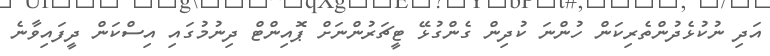
އަދި ނުކުޅެދުންތެރިކަން ހުންނަ ކުދިން ގެންގުޅޭ ޓީޗަރުންނަށް ޕޮއިންޓް ދިނުމުގައި އިސްކަން ދީފައިވާނެ